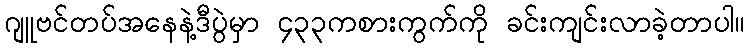
ဂျူဗင်တပ်အနေနဲ့ဒီပွဲမှာ ၄၃၃ကစားကွက်ကို ခင်းကျင်းလာခဲ့တာပါ။